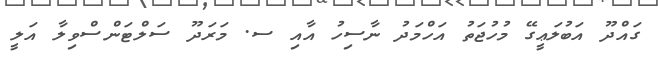
ގައްދޫ އަބުލަޢީގޭ މުހުޖަތު އަހްމަދު ނާސިހު އާއި ސ. މަރަދޫ ސަލްޓަންސްވިލާ އަލީ